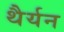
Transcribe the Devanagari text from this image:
थैर्यन